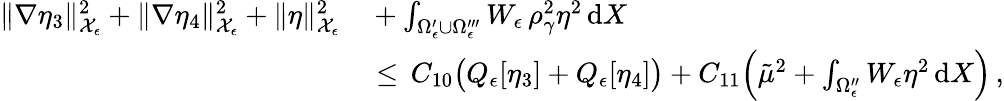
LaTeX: \begin{array}{rl}{\| \nabla\eta_{3}\| _{\mathcal{X}_{\epsilon}}^{2}+\| \nabla\eta_{4}\| _{\mathcal{X}_{\epsilon}}^{2}+\| \eta\| _{\mathcal{X}_{\epsilon}}^{2}}&{{}+\int_{\Omega_{\epsilon}^{\prime}\cup\Omega_{\epsilon}^{\prime\prime\prime}}W_{\epsilon}\, \rho_{\gamma}^{2}\eta^{2}\, \mathrm{d}X}\\ {\, }&{{}\le\, C_{10}\bigl(Q_{\epsilon}[\eta_{3}]+Q_{\epsilon}[\eta_{4}]\bigr)+C_{11}\Bigl(\tilde{\mu}^{2}+\int_{\Omega_{\epsilon}^{\prime\prime}}W_{\epsilon}\eta^{2}\, \mathrm{d}X\Bigr)\, ,}\end{array}